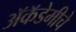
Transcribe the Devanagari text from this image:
अॅकॅडेमीचे